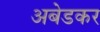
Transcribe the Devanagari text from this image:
अबेडकर